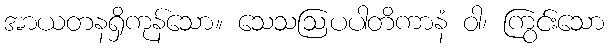
အာယတနရှိကုန်သော။ သေသဩပပါတိကာနံ ဝါ၊ ကြွင်းသော